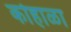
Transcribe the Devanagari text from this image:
कोहाळा